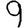
Digit: 9